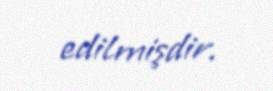
edilmişdir.